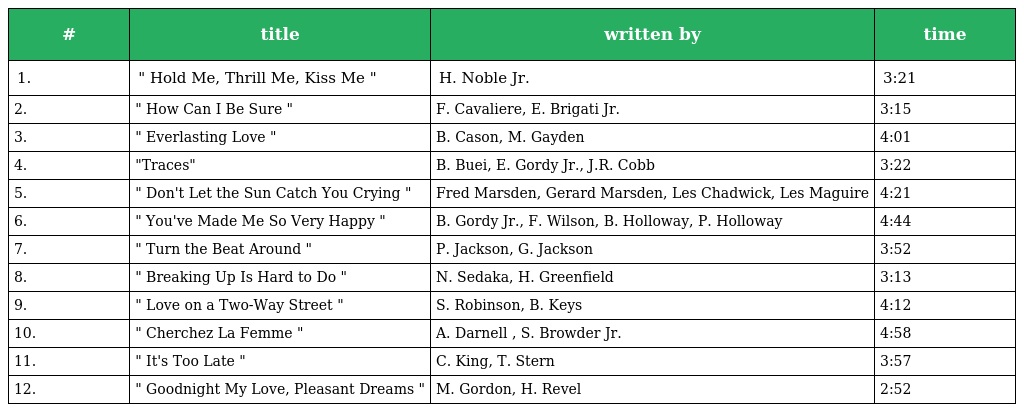
| # | title | written by | time |
 | --- | --- | --- | --- |
 | 1. | " Hold Me, Thrill Me, Kiss Me " | H. Noble Jr. | 3:21 |
 | 2. | " How Can I Be Sure " | F. Cavaliere, E. Brigati Jr. | 3:15 |
 | 3. | " Everlasting Love " | B. Cason, M. Gayden | 4:01 |
 | 4. | "Traces" | B. Buei, E. Gordy Jr., J.R. Cobb | 3:22 |
 | 5. | " Don't Let the Sun Catch You Crying " | Fred Marsden, Gerard Marsden, Les Chadwick, Les Maguire | 4:21 |
 | 6. | " You've Made Me So Very Happy " | B. Gordy Jr., F. Wilson, B. Holloway, P. Holloway | 4:44 |
 | 7. | " Turn the Beat Around " | P. Jackson, G. Jackson | 3:52 |
 | 8. | " Breaking Up Is Hard to Do " | N. Sedaka, H. Greenfield | 3:13 |
 | 9. | " Love on a Two-Way Street " | S. Robinson, B. Keys | 4:12 |
 | 10. | " Cherchez La Femme " | A. Darnell , S. Browder Jr. | 4:58 |
 | 11. | " It's Too Late " | C. King, T. Stern | 3:57 |
 | 12. | " Goodnight My Love, Pleasant Dreams " | M. Gordon, H. Revel | 2:52 |